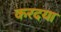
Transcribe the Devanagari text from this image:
करदया